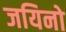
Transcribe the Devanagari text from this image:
जयिनो